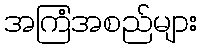
အကြံအစည်များ